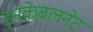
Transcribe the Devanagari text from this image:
इनकेबलनेट